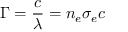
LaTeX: \Gamma = { \frac { c } { \lambda } } = n _ { e } \sigma _ { e } c